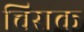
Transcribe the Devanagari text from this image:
चिराक